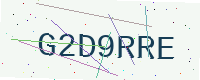
Text: G2D9RRE